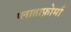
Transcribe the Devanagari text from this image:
प्लाताफ़ोर्मा